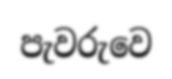
පැවරුවෙ